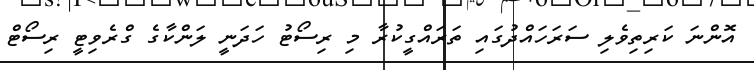
އޮންނަ ކަރިތިވެލި ސަރަހައްދުގައި ތަރައްގީކުރާ މި ރިސޯޓު ހަދަނީ ލަންކާގެ ގްރެވިޓީ ރިސޯޓް